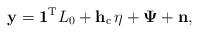
\begin{align*}\mathbf{y}=\mathbf{1}^{\mathrm{T}}L_{0}+\mathbf{h}_{\mathrm{c}}\,\eta+\boldsymbol{\Psi}+\mathbf{n},\end{align*}